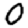
Digit: 0